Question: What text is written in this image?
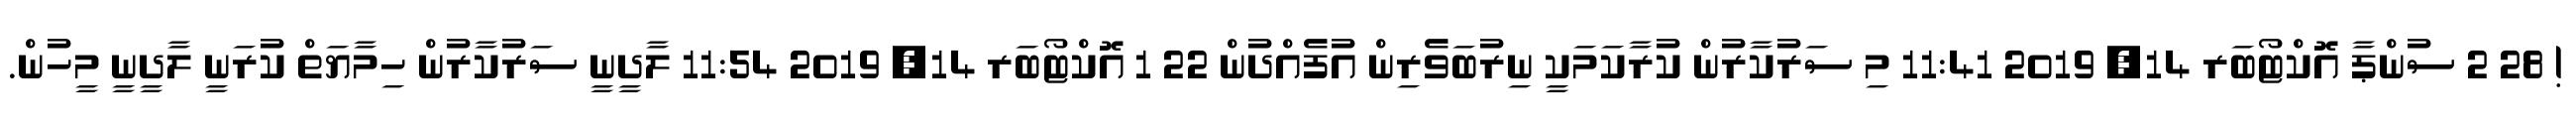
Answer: ! 28 2 ސުންޕާ އޮކްޓޯބަރ 14, 2019 11:41 މި ސަރުކާރުން ކުރާކަމަކީ ނިރުބަވެރިން އުފެއްދުން 22 1 އޮކްޓޯބަރ 14, 2019 11:54 ލާދީނީ ސަރުކާރުން ހިމާޔަތް ކުރަނީ ލާދީނީ މީހުން.